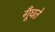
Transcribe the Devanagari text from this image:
गूँधते